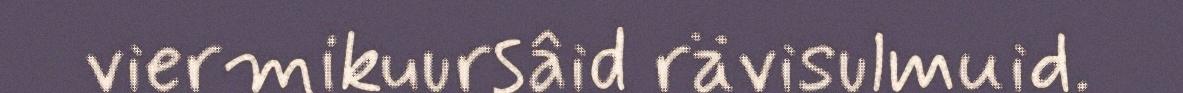
viermikuursâid rävisulmuid.